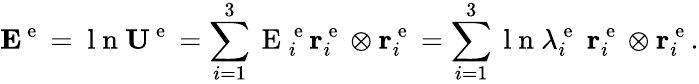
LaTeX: {\mathbf E}^{\mathrm{~e~}}=\mathrm{~l~n~}{\mathbf U}^{\mathrm{~e~}}=\sum_{i=1}^{3}\mathrm{~E~}_{i}^{\mathrm{~e~}}{\mathbf r}_{i}^{\mathrm{~e~}}\otimes{\mathbf r}_{i}^{\mathrm{~e~}}=\sum_{i=1}^{3}\mathrm{~l~n~}\lambda_{i}^{\mathrm{~e~}}\; {\mathbf r}_{i}^{\mathrm{~e~}}\otimes{\mathbf r}_{i}^{\mathrm{~e~}}.